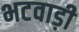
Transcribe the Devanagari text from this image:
भटवाड़ी